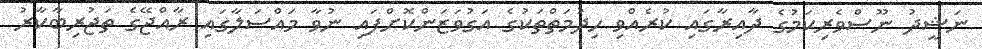
ނަޝީދު ނޫސްވެރިކަމުގެ ދާއިރާގައި ކުރެއްވި ހިދުމަތްތަކުގެ އަގުވަޒަންކޮށްފައި ނުވާ މައްސަލާގައި ރާއްޖޭގެ ތަޖުރިބާކާރު